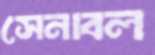
সেনাবল